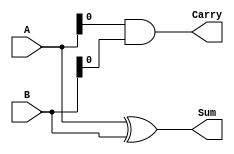
module half_adder #(
    parameter DATA_WIDTH = 4
) (
    input  [DATA_WIDTH - 1 : 0] A,
    input  [DATA_WIDTH - 1 : 0] B,
    output [DATA_WIDTH - 1 : 0] Sum,
    output                      Carry
);

assign Sum = A ^ B;
assign Carry = A & B;
    
endmodule